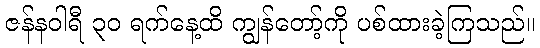
ဇန်နဝါရီ ၃၀ ရက်နေ့ထိ ကျွန်တော့်ကို ပစ်ထားခဲ့ကြသည်။